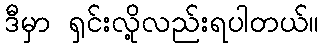
ဒီမှာ ရှင်းလို့လည်းရပါတယ်။